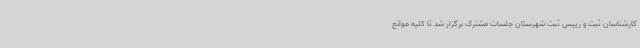
کارشناسان ثبت و رییس ثبت شهرستان جلسات مشترک برگزار شد تا کلیه موانع